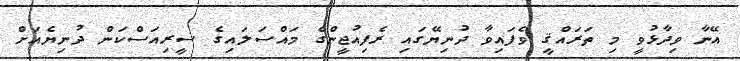
އޭނާ ވިދާޅުވީ މި ތަރައްޤީ ވެފައިވާ ދުނިޔޭގައި ރެފިއުޖީންގެ މައްސަލައިގެ ސީރިއަސްކަން ދުނިޔެއަށް